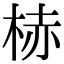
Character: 𪲒